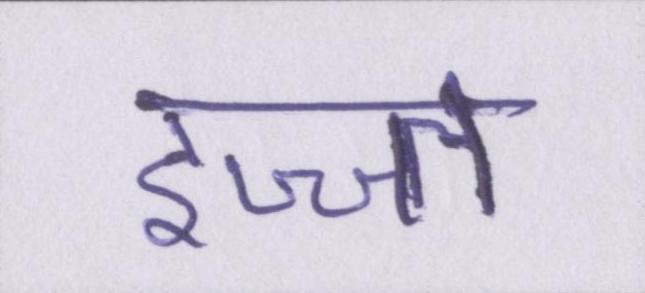
इज्ज्त